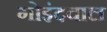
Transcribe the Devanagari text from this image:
गोइंदवाल